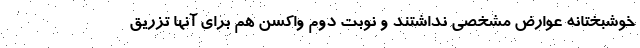
خوشبختانه عوارض مشخصی نداشتند و نوبت دوم واکسن هم برای آنها تزریق